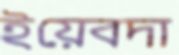
ইয়েবদা